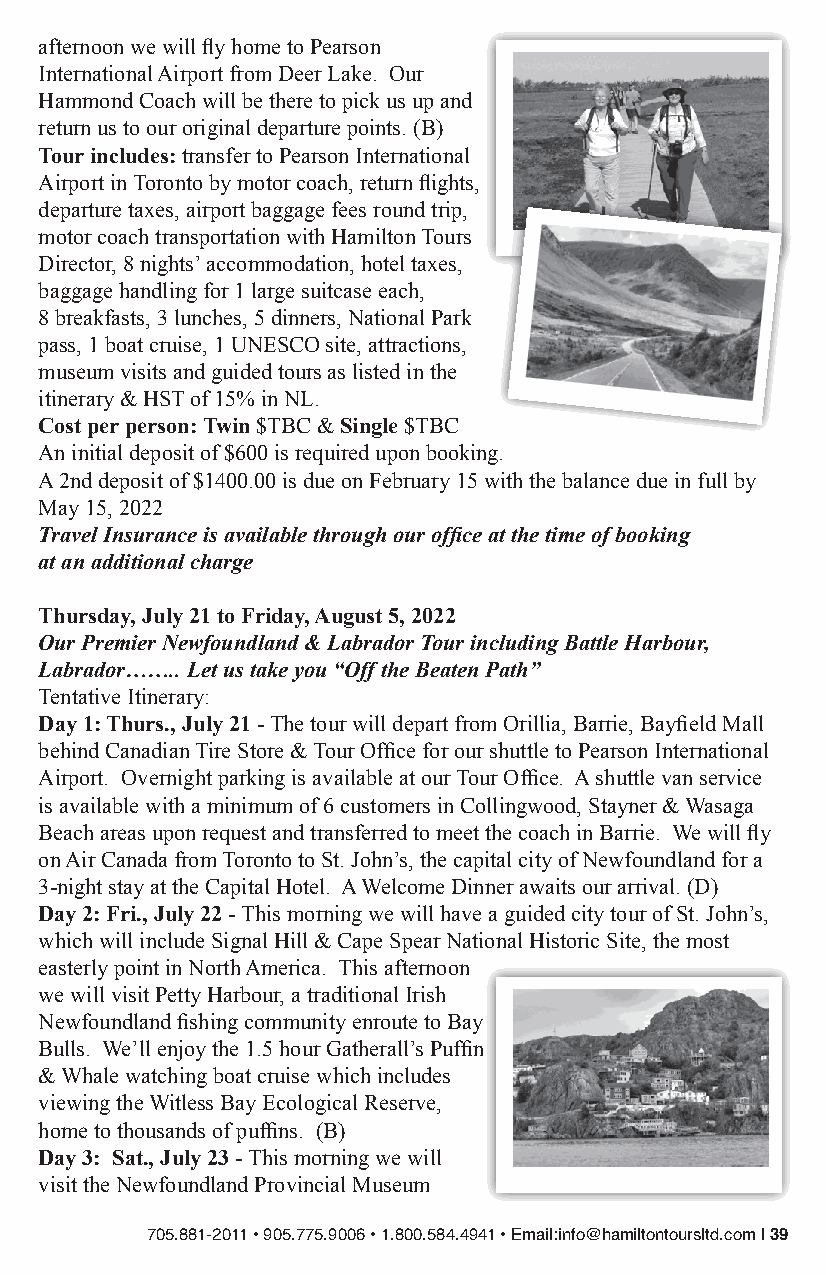
afternoon we will fly home to Pearson
 International Airport from Deer Lake. Our
 Hammond Coach will be there to pick us up and
 return us to our original departure points. (B)
 Tour includes: transfer to Pearson International
 Airport in Toronto by motor coach, return flights,
 departure taxes, airport baggage fees round trip,
 motor coach transportation with Hamilton Tours
 Director, 8 nights’ accommodation, hotel taxes,
 baggage handling for 1 large suitcase each,
 8 breakfasts, 3 lunches, 5 dinners, National Park
 pass, 1 boat cruise, 1 UNESCO site, attractions,
 museum visits and guided tours as listed in the
 itinerary & HST of 15% in NL.
 Cost per person: Twin $TBC & Single $TBC
 An initial deposit of $600 is required upon booking.
 A 2nd deposit of $1400.00 is due on February 15 with the balance due in full by
 May 15, 2022
 Travel Insurance is available through our office at the time of booking
 at an additional charge
 Thursday, July 21 to Friday, August 5, 2022
 Our Premier Newfoundland & Labrador Tour including Battle Harbour,
 Labrador…….. Let us take you “Off the Beaten Path”
 Tentative Itinerary:
 Day 1: Thurs., July 21 - The tour will depart from Orillia, Barrie, Bayfield Mall
 behind Canadian Tire Store & Tour Office for our shuttle to Pearson International
 Airport. Overnight parking is available at our Tour Office. A shuttle van service
 is available with a minimum of 6 customers in Collingwood, Stayner & Wasaga
 Beach areas upon request and transferred to meet the coach in Barrie. We will fly
 on Air Canada from Toronto to St. John’s, the capital city of Newfoundland for a
 3-night stay at the Capital Hotel. A Welcome Dinner awaits our arrival. (D)
 Day 2: Fri., July 22 - This morning we will have a guided city tour of St. John’s,
 which will include Signal Hill & Cape Spear National Historic Site, the most
 easterly point in North America. This afternoon
 we will visit Petty Harbour, a traditional Irish
 Newfoundland fishing community enroute to Bay
 Bulls. We’ll enjoy the 1.5 hour Gatherall’s Puffin
 & Whale watching boat cruise which includes
 viewing the Witless Bay Ecological Reserve,
 home to thousands of puffins. (B)
 Day 3: Sat., July 23 - This morning we will
 visit the Newfoundland Provincial Museum
 705.881-2011 • 905.775.9006 • 1.800.584.4941 • Email:info@hamiltontoursltd.com | 39